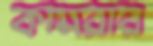
কামরার